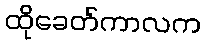
ထိုခေတ်ကာလက